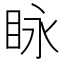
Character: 眿